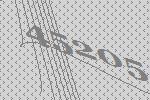
45205